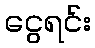
ငွေရင်း